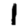
Digit: 1